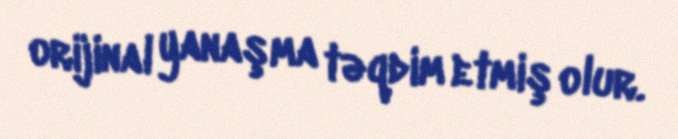
orijinal yanaşma təqdim etmiş olur.